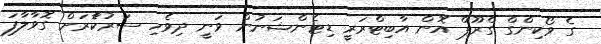
ގެ ވޯކިންގް ގްރޫޕް އޮން އާބިޓްރަރީ ޑިޓެންޝަނުން ވަނީ ދިވެހި ސަރުކާެރަށް ގޮވާލާފަ